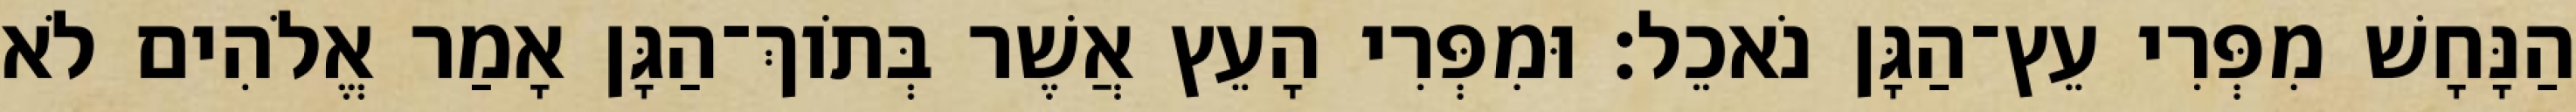
הַנָּחָשׁ מִפְּרִי עֵץ־הַגָּן נֹאכֵל׃ וּמִפְּרִי הָעֵץ אֲשֶׁר בְּתֹוךְ־הַגָּן אָמַר אֱלֹהִים לֹא